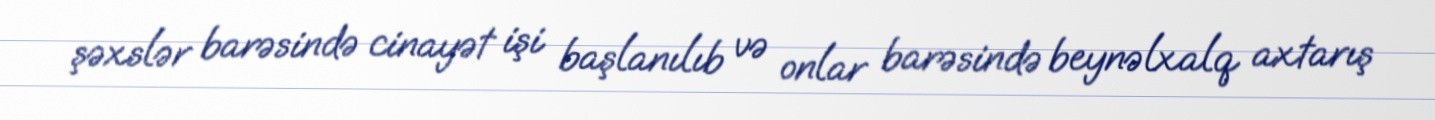
şəxslər barəsində cinayət işi başlanılıb və onlar barəsində beynəlxalq axtarış